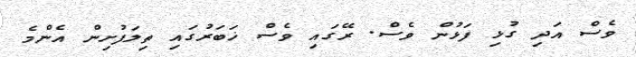
ވެސް އަދި ގުޅި ފަޅުން ވެސް. ރޭގައި ވެސް ޚަބަރުގައި ތިލަފުށިން އެންމެ